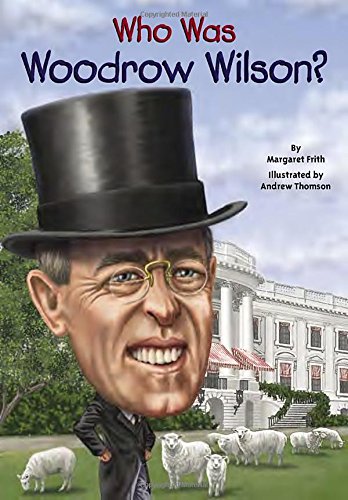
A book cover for Who Was Woodrow Wilson?; Margaret Frith; Children's Books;